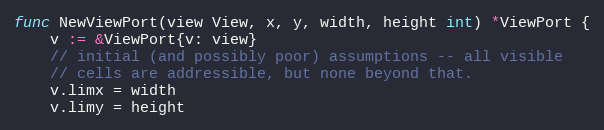
Language: Go
func NewViewPort(view View, x, y, width, height int) *ViewPort {
	v := &ViewPort{v: view}
	// initial (and possibly poor) assumptions -- all visible
	// cells are addressible, but none beyond that.
	v.limx = width
	v.limy = height